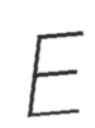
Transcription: E